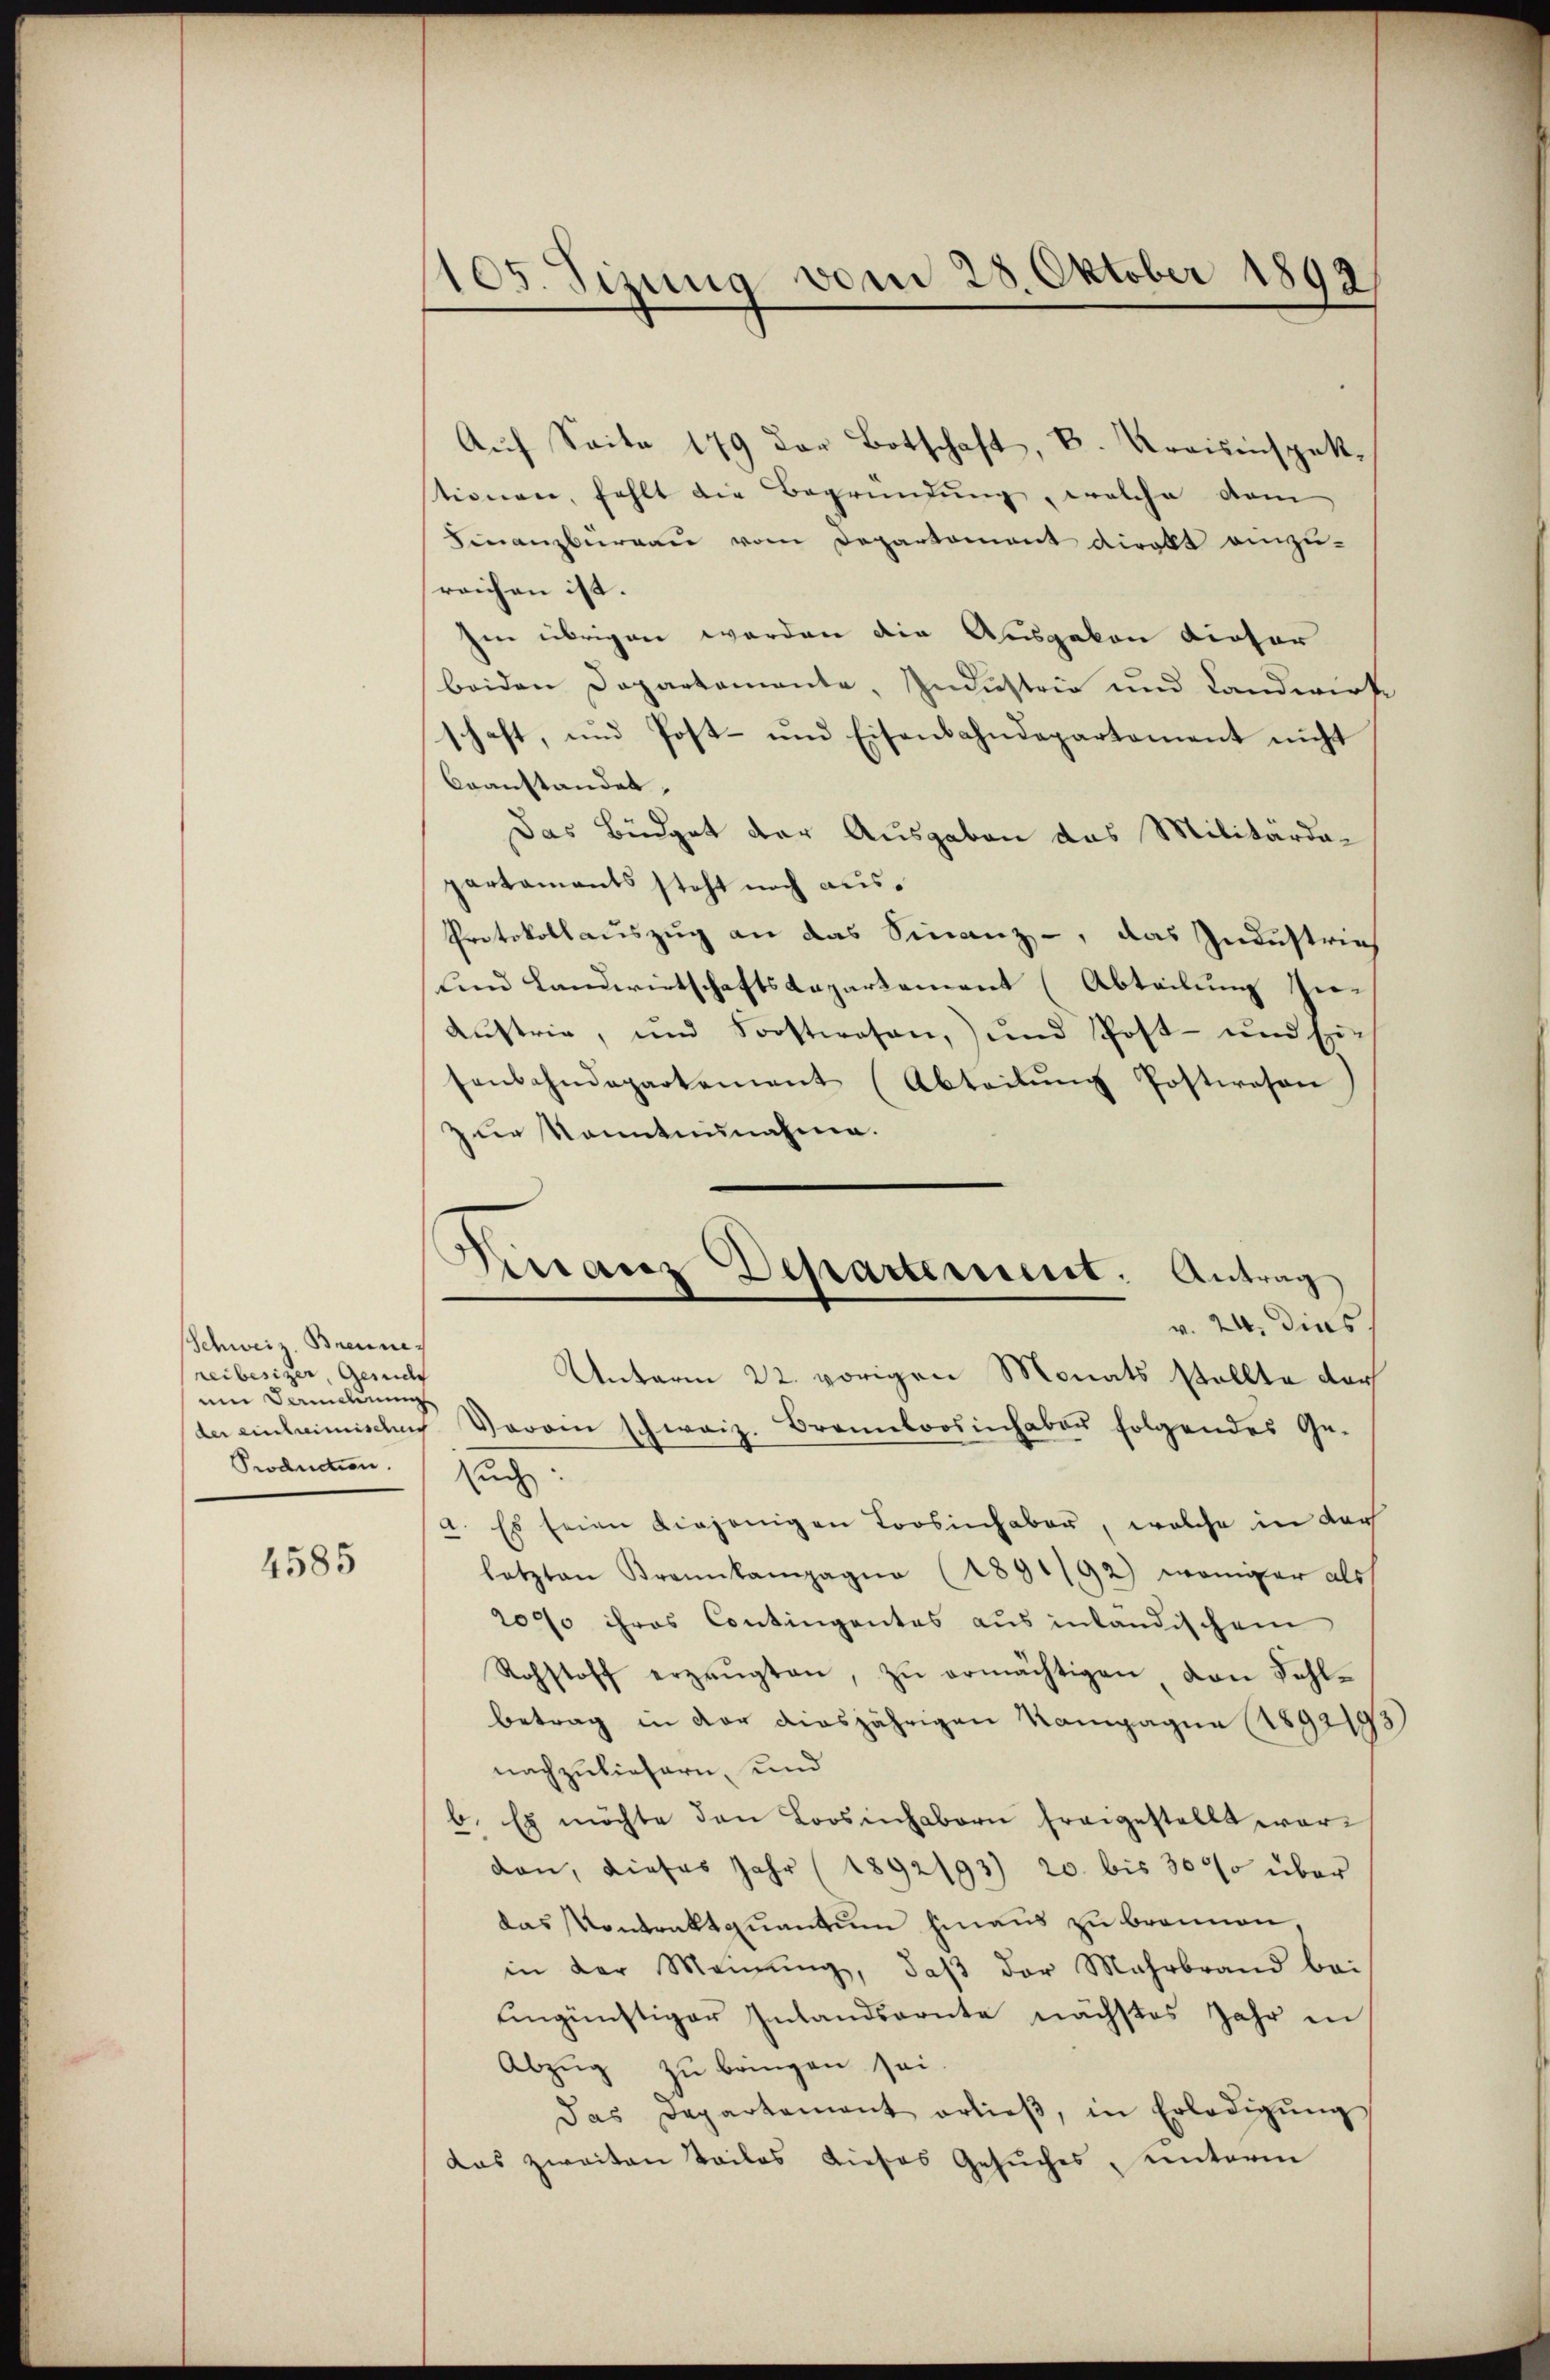
Schweiz. Braunereibesizer, Gesuch
um Dominung
Production.

4585

105. Sizung vom 28. Oktober 1892

Aŭf Saite 179 der Botschaft, B. Kreisinspek-
stionen, fehlt die Begründung, welche vom
Finanzburgau vom Departament direkt einzu-
reichen ist. |
Ien übrigen werden die Ausgaben dieser
beiden Departemente, Industrie und Landwirk
schaft, und Post- und Eisenbahndepartement nicht
beanstandes,
Das Büdget der Ausgaben das Militärdapartaments steht noch aus¬
Protokollauszug an das Finanz-, das Industries
und Landwirtschaftslapartement (Abteilung hie-
Kŭstrie, und Forstwesen, und Post- und sie
senbahndepartement (Abteilŭng Postwesen
zur Kenntnunahme.
Unterm 22. vorigen Monats stellte dar
der einlaimischen Verein schweiz. Brennloosinhaber folgendes Ge-
such:
a. Es seien diejenigen Loosinhaber, welche in darf
letzten Krankampagna (1891/92) weniger als
2090 ihres Contingentes aus inländischem
Rohstoff erzeŭgten, zŭ ermächtigen von Fehl-
betrag in der diesjährigen Kompagna (1892193)
nachzuliefern, und
b. Es möchte den Loosinhabern freigestellt wordon, dieses Jahr (1892/93) 20. bis 30% über
das Kontraktquantum hinaus zu brennen,
in der Meinŭng, daβ der Mehrbrand bei
eingünstiger Inlandsarnte nächstes Jahr in
Abzug zu bringen sei
Das Departement erlieβ, in Erledigŭng
das zweiten Tailos dieses Gesŭches, unterm

Finanz Departement: Antrag
v. 24. dies